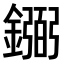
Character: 𫓎